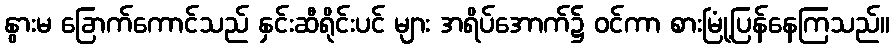
နွားမ ခြောက်ကောင်သည် နှင်းဆီရိုင်းပင် များ အရိပ်အောက်၌ ဝင်ကာ စားမြုံ့ပြန်နေကြသည်။